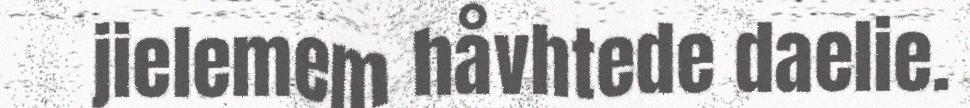
jielemem håvhtede daelie.